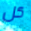
كل